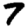
Digit: 7